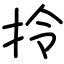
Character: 拎